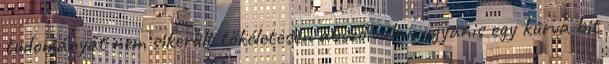
tudományát nem sikerült tökéletesen abszolválni, ugyanis egy kurva bit